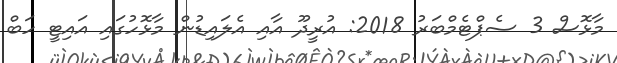
މާޅޮސް 3 ސެޕްޓެމްބަރު 2018: އުރީދޫ އާއި އެލައިޑުން މާޅޮހުގައި އައިޓީ ހަބް